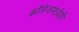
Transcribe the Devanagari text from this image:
कॉलेजमध्येही